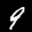
Label: 9